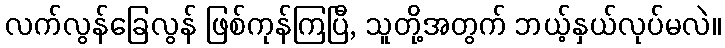
လက်လွန်ခြေလွန် ဖြစ်ကုန်ကြပြီ, သူတို့အတွက် ဘယ့်နှယ်လုပ်မလဲ။